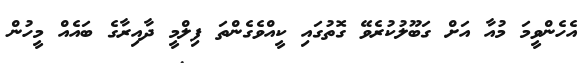
އެހެންވީމަ މުއާ އަށް ގަބޫލުކުރެވޭ ގޮތުގައި ކީއްވެގެންތަ ފިލްމީ ދާއިރާގެ ބައެއް މީހުން